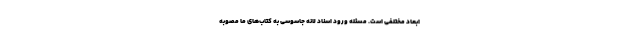
ابعاد مختلفی است. مسئله ورود اسناد لانه جاسوسی به کتاب‌های ما مصوبه